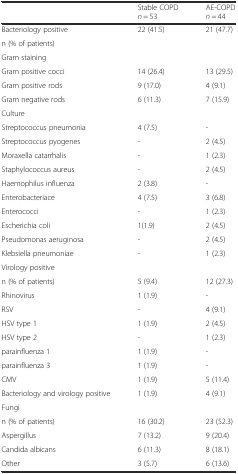
<table><thead><tr><td>[EMPTY_CELL]</td><td><b>Stable COPD <i>n</i> = 53</b></td><td><b>AE-COPD <i>n</i> = 44</b></td></tr></thead><tbody><tr><td>Bacteriology positive</td><td rowspan="2">22 (41.5)</td><td rowspan="2">21 (47.7)</td></tr><tr><td>n (% of patients)</td></tr><tr><td>Gram staining</td><td>[EMPTY_CELL]</td><td>[EMPTY_CELL]</td></tr><tr><td>Gram positive cocci</td><td>14 (26.4)</td><td>13 (29.5)</td></tr><tr><td>Gram positive rods</td><td>9 (17.0)</td><td>4 (9.1)</td></tr><tr><td>Gram negative rods</td><td>6 (11.3)</td><td>7 (15.9)</td></tr><tr><td>Culture</td><td>[EMPTY_CELL]</td><td>[EMPTY_CELL]</td></tr><tr><td>Streptococcus pneumonia</td><td>4 (7.5)</td><td>-</td></tr><tr><td>Streptococcus pyogenes</td><td>-</td><td>2 (4.5)</td></tr><tr><td>Moraxella catarrhalis</td><td>-</td><td>1 (2.3)</td></tr><tr><td>Staphylococcus aureus</td><td>-</td><td>2 (4.5)</td></tr><tr><td>Haemophilus influenza</td><td>2 (3.8)</td><td>-</td></tr><tr><td>Enterobacteriace</td><td>4 (7.5)</td><td>3 (6.8)</td></tr><tr><td>Enterococci</td><td>-</td><td>1 (2.3)</td></tr><tr><td>Escherichia coli</td><td>1(1.9)</td><td>2 (4.5)</td></tr><tr><td>Pseudomonas aeruginosa</td><td>-</td><td>2 (4.5)</td></tr><tr><td>Klebsiella pneumoniae</td><td>-</td><td>1 (2.3)</td></tr><tr><td>Virology positive</td><td>[EMPTY_CELL]</td><td>[EMPTY_CELL]</td></tr><tr><td>n (% of patients)</td><td>5 (9.4)</td><td>12 (27.3)</td></tr><tr><td>Rhinovirus</td><td>1 (1.9)</td><td>-</td></tr><tr><td>RSV</td><td>-</td><td>4 (9.1)</td></tr><tr><td>HSV type 1</td><td>1 (1.9)</td><td>2 (4.5)</td></tr><tr><td>HSV type 2</td><td>-</td><td>1 (2.3)</td></tr><tr><td>parainfluenza 1</td><td>1 (1.9)</td><td>-</td></tr><tr><td>parainfluenza 3</td><td>1 (1.9)</td><td>-</td></tr><tr><td>CMV</td><td>1 (1.9)</td><td>5 (11.4)</td></tr><tr><td>Bacteriology and virology positive</td><td>1 (1.9)</td><td>4 (9.1)</td></tr><tr><td>Fungi</td><td>[EMPTY_CELL]</td><td>[EMPTY_CELL]</td></tr><tr><td>n (% of patients)</td><td>16 (30.2)</td><td>23 (52.3)</td></tr><tr><td>Aspergillus</td><td>7 (13.2)</td><td>9 (20.4)</td></tr><tr><td>Candida albicans</td><td>6 (11.3)</td><td>8 (18.1)</td></tr><tr><td>Other</td><td>3 (5.7)</td><td>6 (13.6)</td></tr></tbody></table>